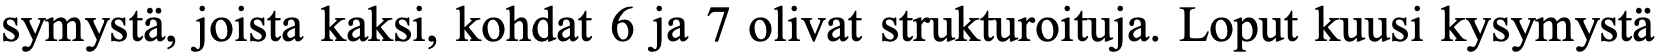
symystä, joista kaksi, kohdat 6 ja 7 olivat strukturoituja. Loput kuusi kysymystä